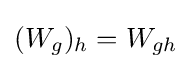
(W_{g})_{h}=W_{gh}